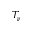
T _ { \nu }